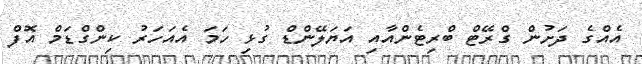
އެއްގެ ދަށުން ގްރޭޓް ބްރިޓެންއާއި އަޔަލޭންޑް ގުޅި ހަމަ އެއަހަރު ކިންގްޑަމް އޮފް